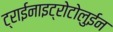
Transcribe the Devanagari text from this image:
ट्राईनाइट्रोटोलुईन